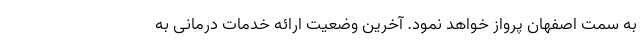
به سمت اصفهان پرواز خواهد نمود. آخرین وضعیت ارائه خدمات درمانی به